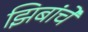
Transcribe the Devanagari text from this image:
झिबांचे